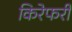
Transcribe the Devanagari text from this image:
किरेफरी